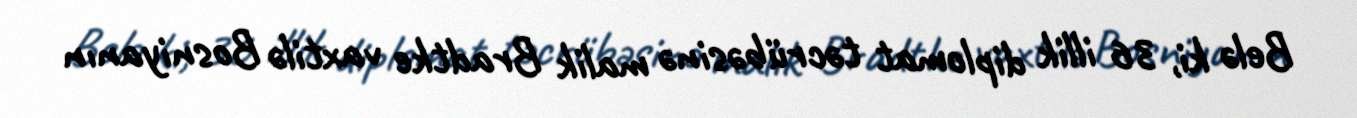
Belə ki, 36 illik diplomat təcrübəsinə malik Bradtke vaxtilə Bosniyanın